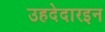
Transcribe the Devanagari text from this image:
उहदेदारइन